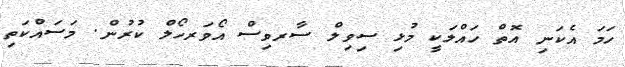
ހަމަ އެކަނި އޮތް ހައްލަކީ މުޅި ސިވިލް ސާރވިސް އޯވަރހޯލް ކުރުން. މަސައްކަތި